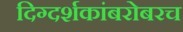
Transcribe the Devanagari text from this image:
दिग्दर्शकांबरोबरच